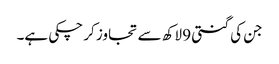
جن کی گنتی 9 لاکھ سے تجاوز کر چکی ہے۔